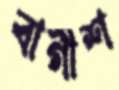
বাগীশ